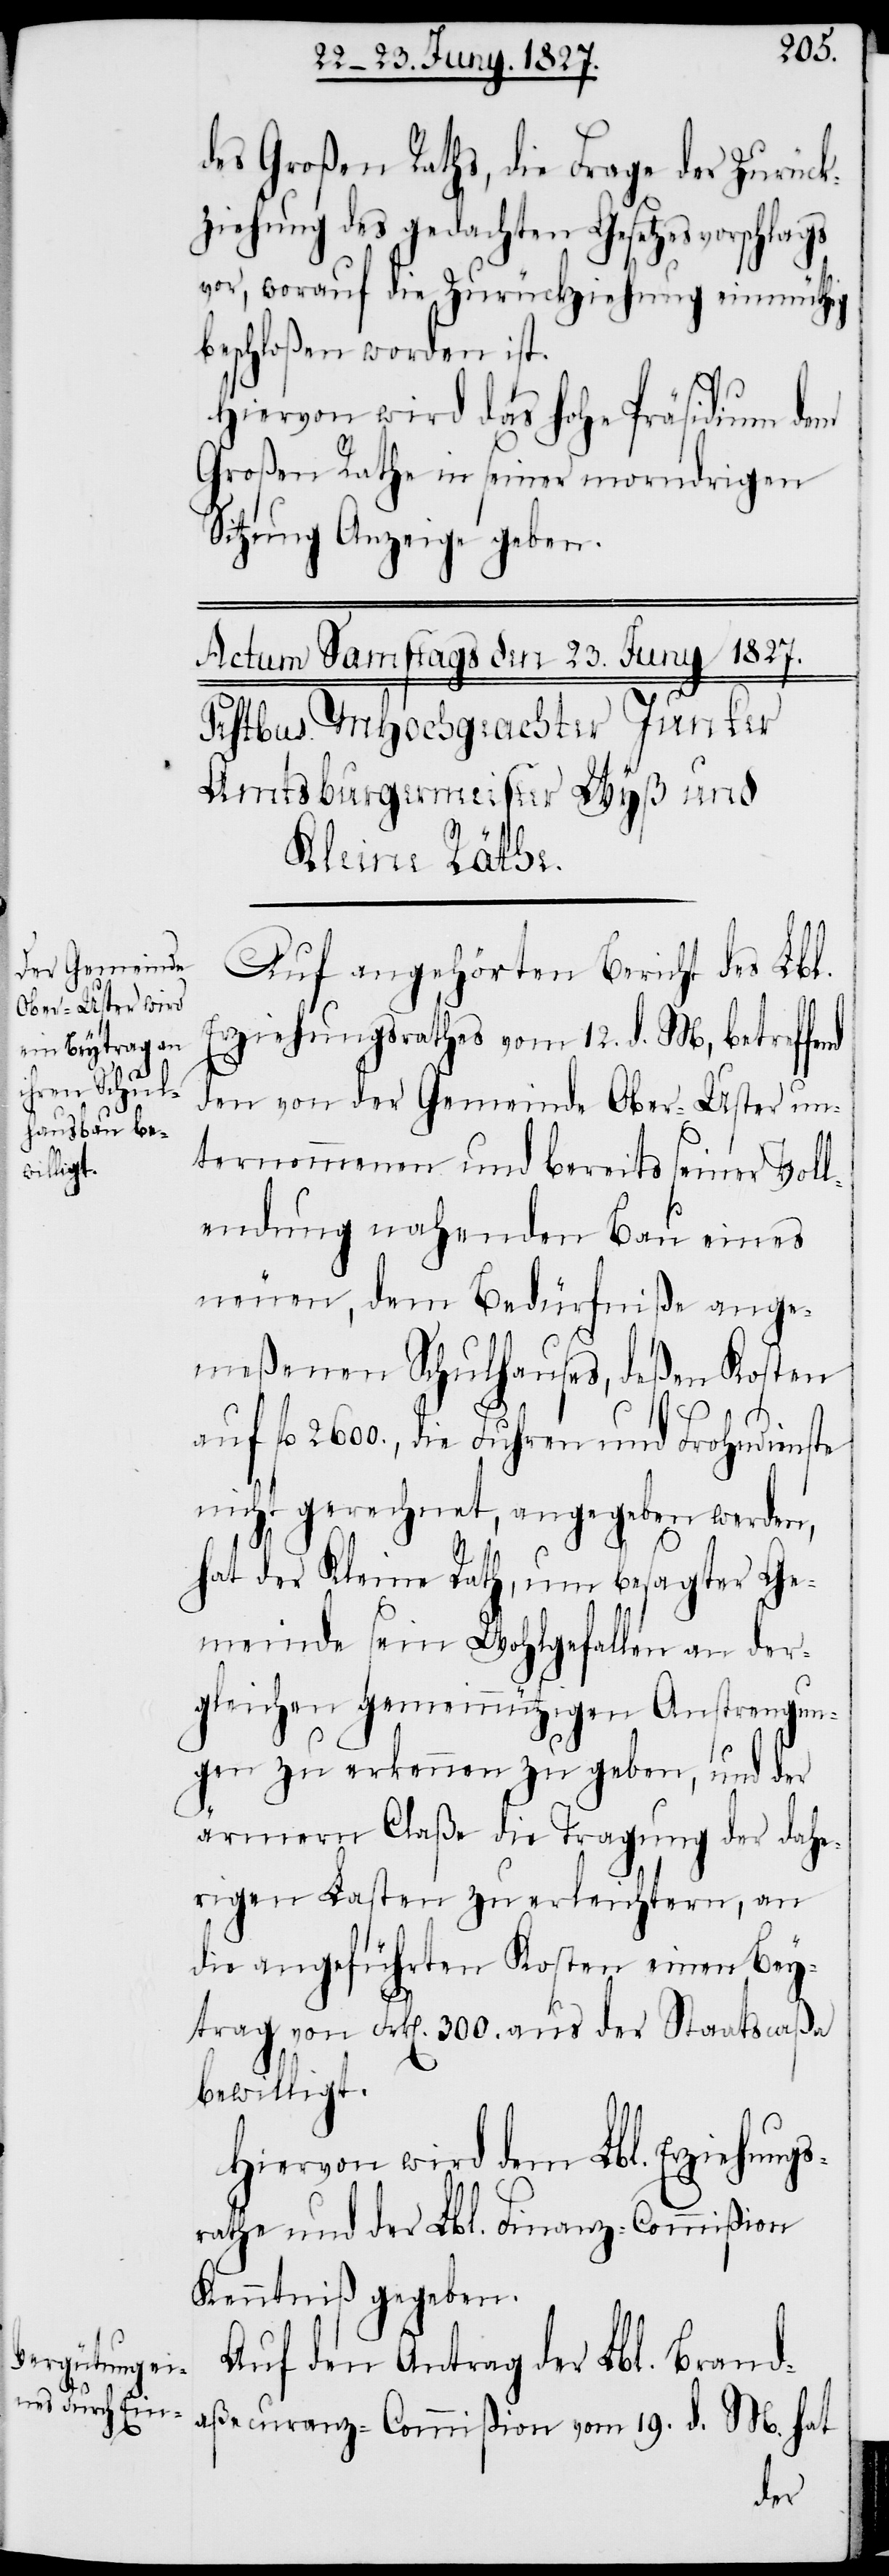
des Großen Raths, die Frage der Zurück¬
ziehung des gedachten Gesetzesvorschlags
vor, worauf die Zurückziehung einmüthig
beschloßen worden ist.
Hiervon wird das hohe Präsidium dem
Großen Rathe in seiner morndrigen
Sitzung Anzeige geben.
Auf angehörten Bericht des Lbl.
Erziehungsrathes vom 12. d. M, betreffe¬
den von der Gemeinde Ober-Uster un¬
ternommenen und bereits seiner Voll¬
endung nahenden Bau eines
neuen, dem Bedürfniße ange¬
meßenen Schulhauses, deßen Kosten
auf fl. 2600., die Fuhren und Frohndienste
nicht gerechnet, angegeben werden,
hat der Kleine Rath, um besagter Ge¬
meinde sein Wohlgefallen an der¬
gleichen gemeinnützigen Anstrengun¬
gen zu erkennen zu geben, und der
ärmern Claße die Tragung der dahe¬
rigen Lasten zu erleichtern, an
die angeführten Kosten einen Bey¬
trag von Frk[en]. 300. aus der Staatscaßa
bewilligt.
Hiervon wird dem Lbl. Erziehungs¬
rathe und der Lbl. Finanz-Commißion
Kenntniß gegeben.
Auf den Antrag der Lbl. Brand¬
aßecuranz-Commißion vom 19. d. M. hat
nd